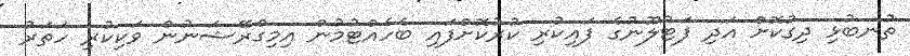
ތުނބުޅި ދިގުކޮށް އަދި ފަޓުލޫނުގެ ފައިކުރި ކުރުކޮށްފައި ބެހެއްޓުމުން އިމިގްރޭޝަނުން ވަކިކުރި ހަތަރު